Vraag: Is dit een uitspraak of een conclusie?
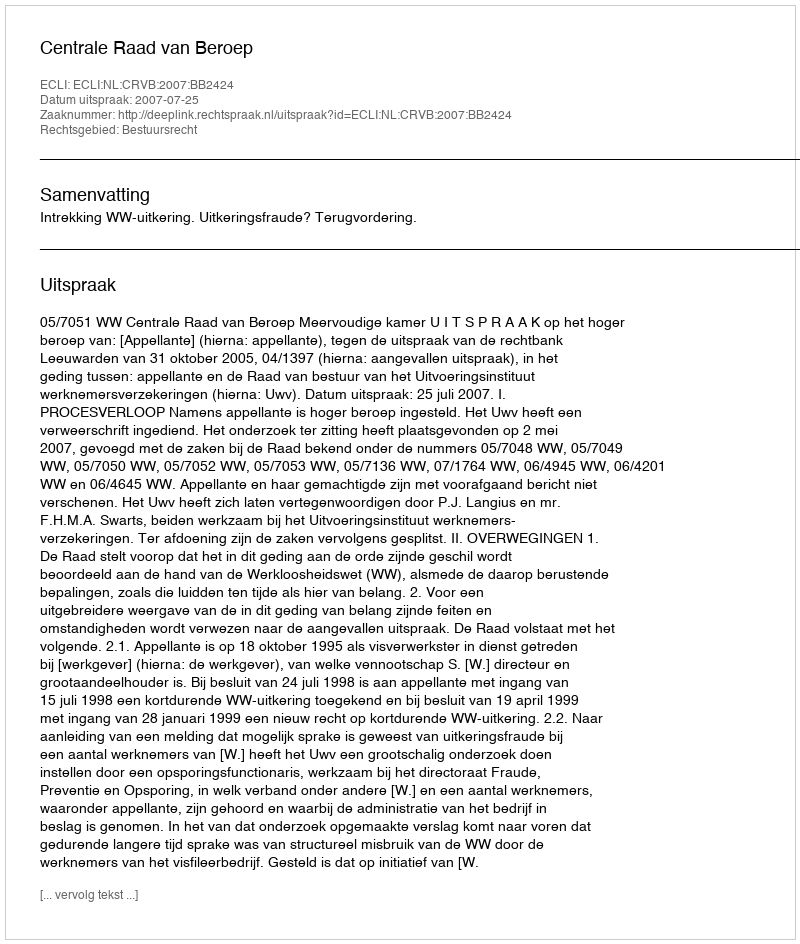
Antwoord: Uitspraak